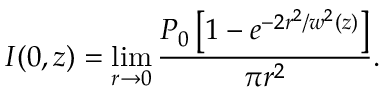
I ( 0 , z ) = \operatorname* { l i m } _ { r \to 0 } { \frac { P _ { 0 } \left[ 1 - e ^ { - 2 r ^ { 2 } / w ^ { 2 } ( z ) } \right] } { \pi r ^ { 2 } } } .